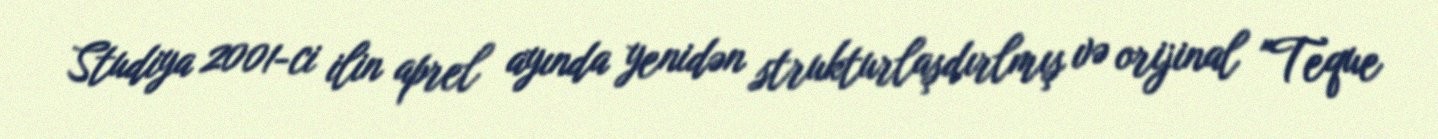
Studiya 2001-ci ilin aprel ayında yenidən strukturlaşdırlmış və orijinal "Teque